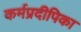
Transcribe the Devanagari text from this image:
कर्मप्रदीपिका